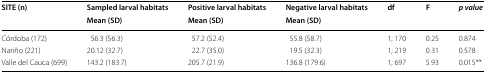
| <ROWSPAN=2> SITE (n) | Sampled larval habitats | Positive larval habitats | Negative larval habitats | <ROWSPAN=2> df | <ROWSPAN=2> F | <ROWSPAN=2> pvalue |
 | Mean (SD) | Mean (SD) | Mean (SD) |
 | --- | --- | --- | --- | --- | --- | --- |
 | Córdoba (172) | 56.3 (56.3) | 57.2 (52.4) | 55.8 (58.7) | 1; 170 | 0.25 | 0.874 |
 | Nariño (221) | 20.12 (32.7) | 22.7 (35.0) | 19.5 (32.3) | 1; 219 | 0.31 | 0.578 |
 | Valle del Cauca (699) | 143.2 (183.7) | 205.7 (21.9) | 136.8 (179.6) | 1; 697 | 5.93 | 0.015** |